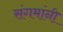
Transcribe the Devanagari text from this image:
संगमांनी